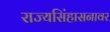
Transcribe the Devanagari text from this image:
राज्यसिंहासनावर